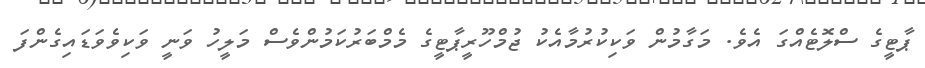
ޕާޓީގެ ސްލޮޓެއްގަ އެވެ. މަގާމުން ވަކިކުރުމާއެކު ޖުމްހޫރީޕާޓީގެ މެމްބަރުކަމުންވެސް މަލީހު ވަނީ ވަކިވެވަޑައިގެންފަ